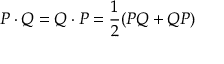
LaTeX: P \cdot Q = Q \cdot P = \frac { 1 } { 2 } ( P Q + Q P )